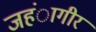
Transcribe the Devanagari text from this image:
जहंागीर